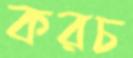
করচ